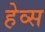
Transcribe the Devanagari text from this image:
हेव्स